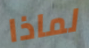
لماذا